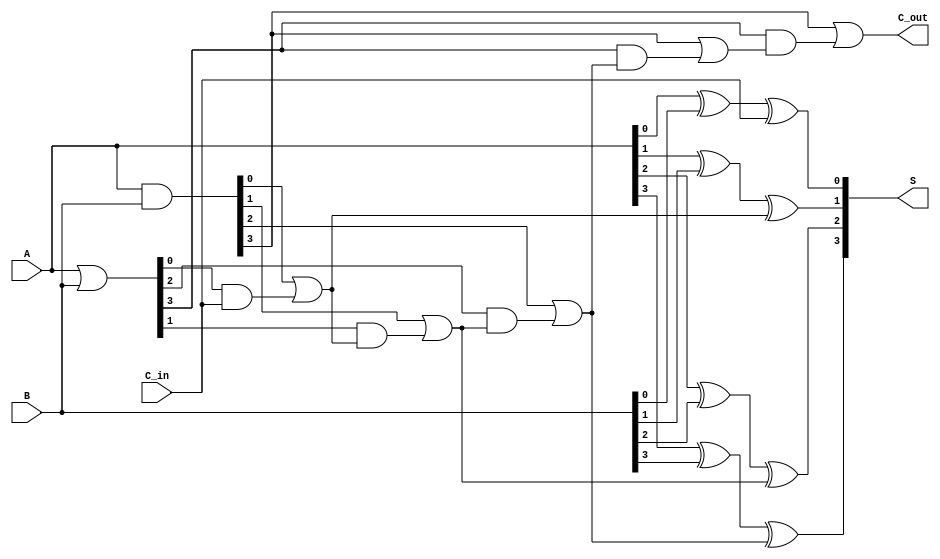
module han_carlson_adder #(parameter n = 4) (
    input  [n-1:0] A,      // First n-bit input
    input  [n-1:0] B,      // Second n-bit input
    input         C_in,     // Input carry
    output [n-1:0] S,      // n-bit sum output
    output        C_out     // Output carry
);

    // Generate and propagate signals
    wire [n-1:0] G; // Generate
    wire [n-1:0] P; // Propagate
    wire [n:0] C;   // Carry signals

    // Generate and propagate calculations
    assign G = A & B;          // G[i] = A[i] & B[i]
    assign P = A | B;          // P[i] = A[i] | B[i]

    // Carry calculations
    assign C[0] = G[0] | (P[0] & C_in);
    genvar i;
    generate
        for (i = 1; i < n; i = i + 1) begin : carry_gen
            assign C[i] = G[i] | (P[i] & C[i-1]);
        end
    endgenerate
    assign C[n] = G[n-1] | (P[n-1] & C[n-1]); // Final carry out

    // Sum calculations
    assign S[0] = A[0] ^ B[0] ^ C_in; // S[0] = A[0] XOR B[0] XOR C_in
    generate
        for (i = 1; i < n; i = i + 1) begin : sum_gen
            assign S[i] = A[i] ^ B[i] ^ C[i-1]; // S[i] = A[i] XOR B[i] XOR C[i-1]
        end
    endgenerate

    // Final output carry
    assign C_out = C[n];

endmodule